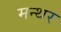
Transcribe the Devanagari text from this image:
मन्थर